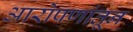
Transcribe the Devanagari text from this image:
आरोपणांतून